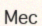
Мес